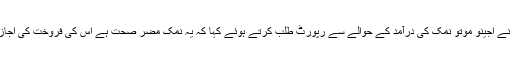
جس پر چیف جسٹس نے اجینو موتو نمک کی درآمد کے حوالے سے رپورٹ طلب کرتے ہوئے کہا کہ یہ نمک مضر صحت ہے اس کی فروخت کی اجازت نہیں دے سکتے ۔